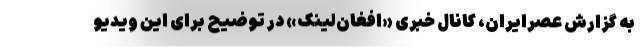
به گزارش عصرایران، کانال خبری «افغان‌لینک» در توضیح برای این ویدیو